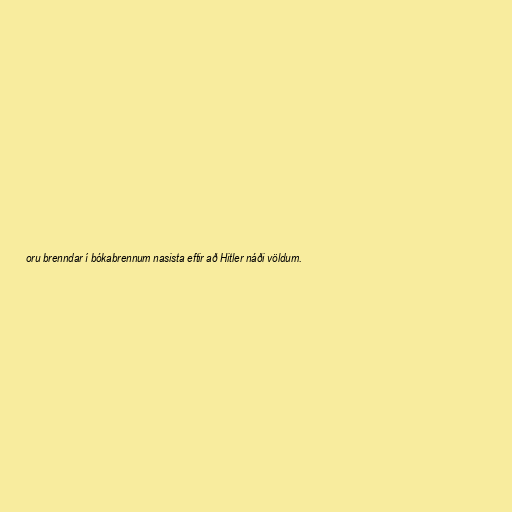
oru brenndar í bókabrennum nasista eftir að Hitler náði völdum.